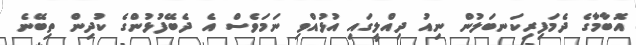
އޮބާމާގެ ދެމަފިރިކަނބަލުން ނިއު ދިއްލީގައި އުޅުއްވި ނަމަވެސް އެ ދެބޭފުޅުންގެ ކުދިން ތިބޭނެ